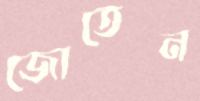
জোতেন